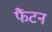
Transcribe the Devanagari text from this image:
फैंटन